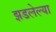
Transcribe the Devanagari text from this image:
झडलेल्या